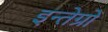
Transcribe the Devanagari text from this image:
इन्तेग्रों